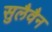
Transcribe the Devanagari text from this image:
सुलैवैन